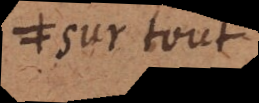
sur tout